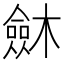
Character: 𣜟